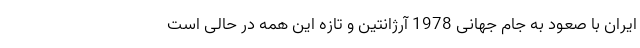
ایران با صعود به جام جهانی 1978 آرژانتین و تازه این همه در حالی است